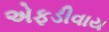
એફડીવાય